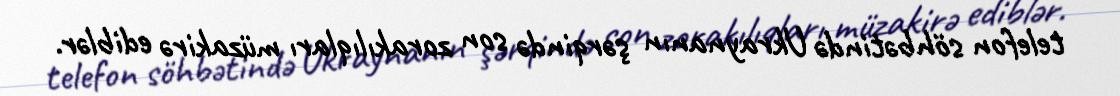
telefon söhbətində Ukraynanın şərqində son zorakılıqları müzakirə ediblər.